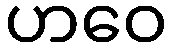
ဟဝေ